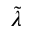
\tilde { \lambda }